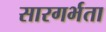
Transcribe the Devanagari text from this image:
सारगर्भता